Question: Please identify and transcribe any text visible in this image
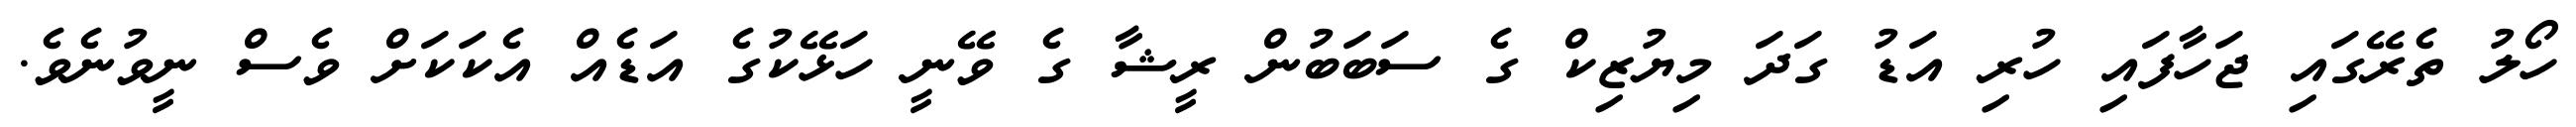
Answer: ހޯލު ތެރޭގައި ޖަހާފައި ހުރި އަޑު ގަދަ މިޔުޒިކް ގެ ސަބަބުން ރީޝާ ގެ ވޭނީ ހަޅޭކުގެ އަޑެއް އެކަކަށް ވެސް ނީވުނެވެ.